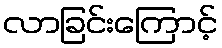
လာခြင်းကြောင့်